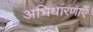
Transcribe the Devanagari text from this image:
अभिधारणाएँ